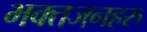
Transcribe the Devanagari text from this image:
भक्तजनहरु